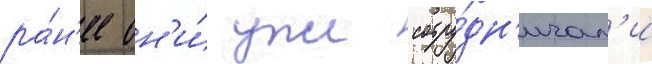
ра́н'ее он'и́ уже сотру́дн'ичал'и